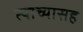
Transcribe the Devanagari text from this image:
त्याच्यासह